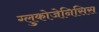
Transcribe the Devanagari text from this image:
ग्लुकोजेनिसिस